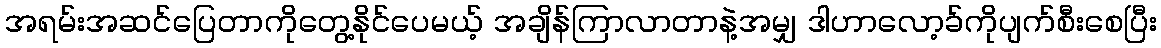
အရမ်းအဆင်ပြေတာကိုတွေ့နိုင်ပေမယ့် အချိန်ကြာလာတာနဲ့အမျှ ဒါဟာလော့ခ်ကိုပျက်စီးစေပြီး